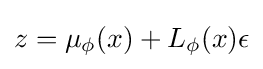
z=\mu _{\phi }(x)+L_{\phi }(x)\epsilon